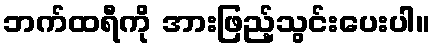
ဘက်ထရီကို အားဖြည့်သွင်းပေးပါ။